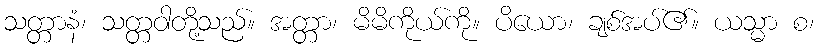
သတ္တာနံ၊ သတ္တဝါတို့သည်။ အတ္တာ၊ မိမိကိုယ်ကို။ ပိယော၊ ချစ်အပ်၏။ ယသ္မာ စ၊